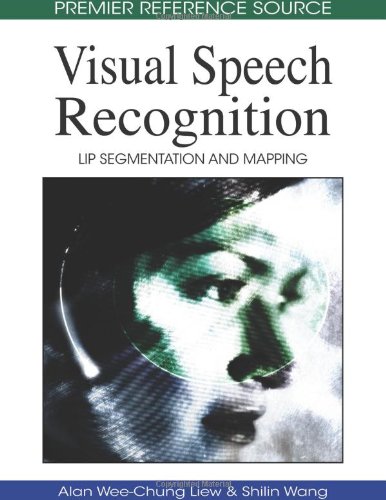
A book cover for Visual Speech Recognition: Lip Segmentation and Mapping (Premier Reference Source); Alan Wee-Chung Liew; Computers & Technology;